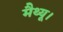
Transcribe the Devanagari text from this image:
मैथ्यू।